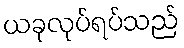
ယခုလုပ်ရပ်သည်